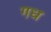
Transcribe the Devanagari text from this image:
गध